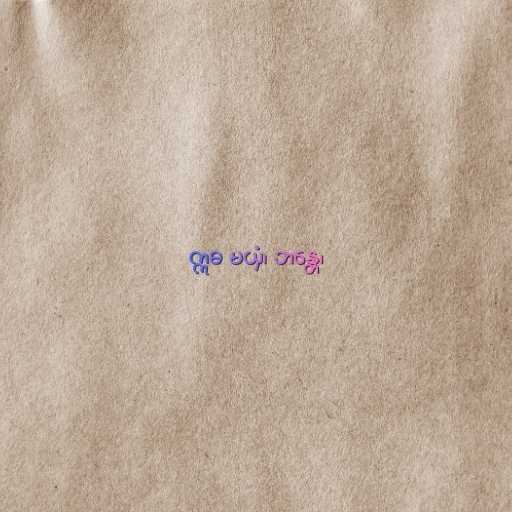
ဣဓ မယှံ၊ ဘန္တေ၊